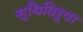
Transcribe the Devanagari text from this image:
स्थितिरूपा